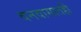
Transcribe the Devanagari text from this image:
वनवासातही